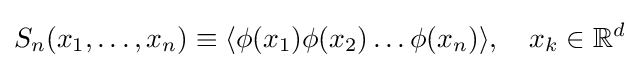
S_{n}(x_{1},\ldots ,x_{n})\equiv \langle \phi (x_{1})\phi (x_{2})\ldots \phi (x_{n})\rangle ,\quad x_{k}\in \mathbb {R} ^{d}